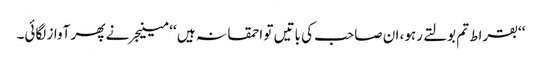
‘‘بقراط تم بولتے رہو، ان صاحب کی باتیں تو احمقانہ ہیں ‘‘ مینیجر نے پھر آواز لگائی۔